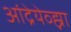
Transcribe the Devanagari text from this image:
आंद्रेयेव्ह्ना